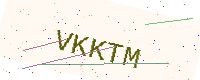
Text: VKKTM